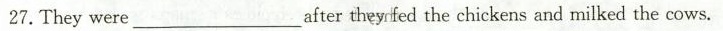
27. They were after ___ they fed the chickens and milked the cows.